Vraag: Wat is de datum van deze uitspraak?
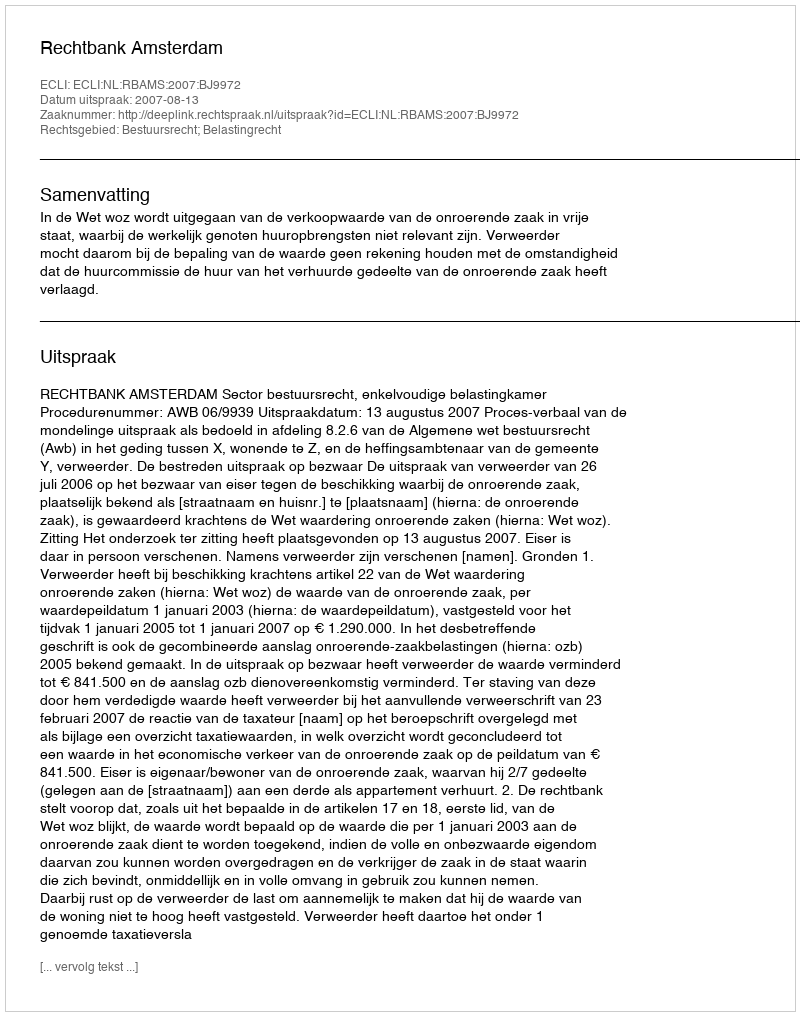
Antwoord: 2007-08-13